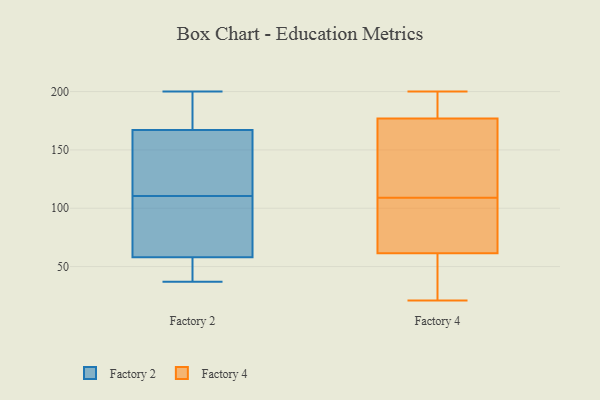
{"axis": {"x": "Market Share (%)", "y": "Value"}, "legend": ["Factory 2", "Factory 4"], "data": [{"x": "", "y": 104, "type": "Factory 2"}, {"x": "", "y": 58, "type": "Factory 2"}, {"x": "", "y": 200, "type": "Factory 2"}, {"x": "", "y": 92, "type": "Factory 2"}, {"x": "", "y": 193, "type": "Factory 2"}, {"x": "", "y": 164, "type": "Factory 2"}, {"x": "", "y": 37, "type": "Factory 2"}, {"x": "", "y": 117, "type": "Factory 2"}, {"x": "", "y": 167, "type": "Factory 2"}, {"x": "", "y": 41, "type": "Factory 2"}, {"x": "", "y": 22, "type": "Factory 4"}, {"x": "", "y": 192, "type": "Factory 4"}, {"x": "", "y": 98, "type": "Factory 4"}, {"x": "", "y": 86, "type": "Factory 4"}, {"x": "", "y": 144, "type": "Factory 4"}, {"x": "", "y": 66, "type": "Factory 4"}, {"x": "", "y": 51, "type": "Factory 4"}, {"x": "", "y": 200, "type": "Factory 4"}, {"x": "", "y": 172, "type": "Factory 4"}, {"x": "", "y": 21, "type": "Factory 4"}, {"x": "", "y": 47, "type": "Factory 4"}, {"x": "", "y": 109, "type": "Factory 4"}, {"x": "", "y": 116, "type": "Factory 4"}, {"x": "", "y": 198, "type": "Factory 4"}, {"x": "", "y": 65, "type": "Factory 4"}, {"x": "", "y": 131, "type": "Factory 4"}, {"x": "", "y": 197, "type": "Factory 4"}]}